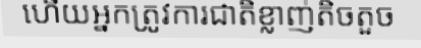
ហើយអ្នកត្រូវការជាតិខ្លាញ់តិចតួច